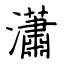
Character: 瀟